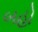
બહો